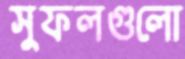
সুফলগুলো